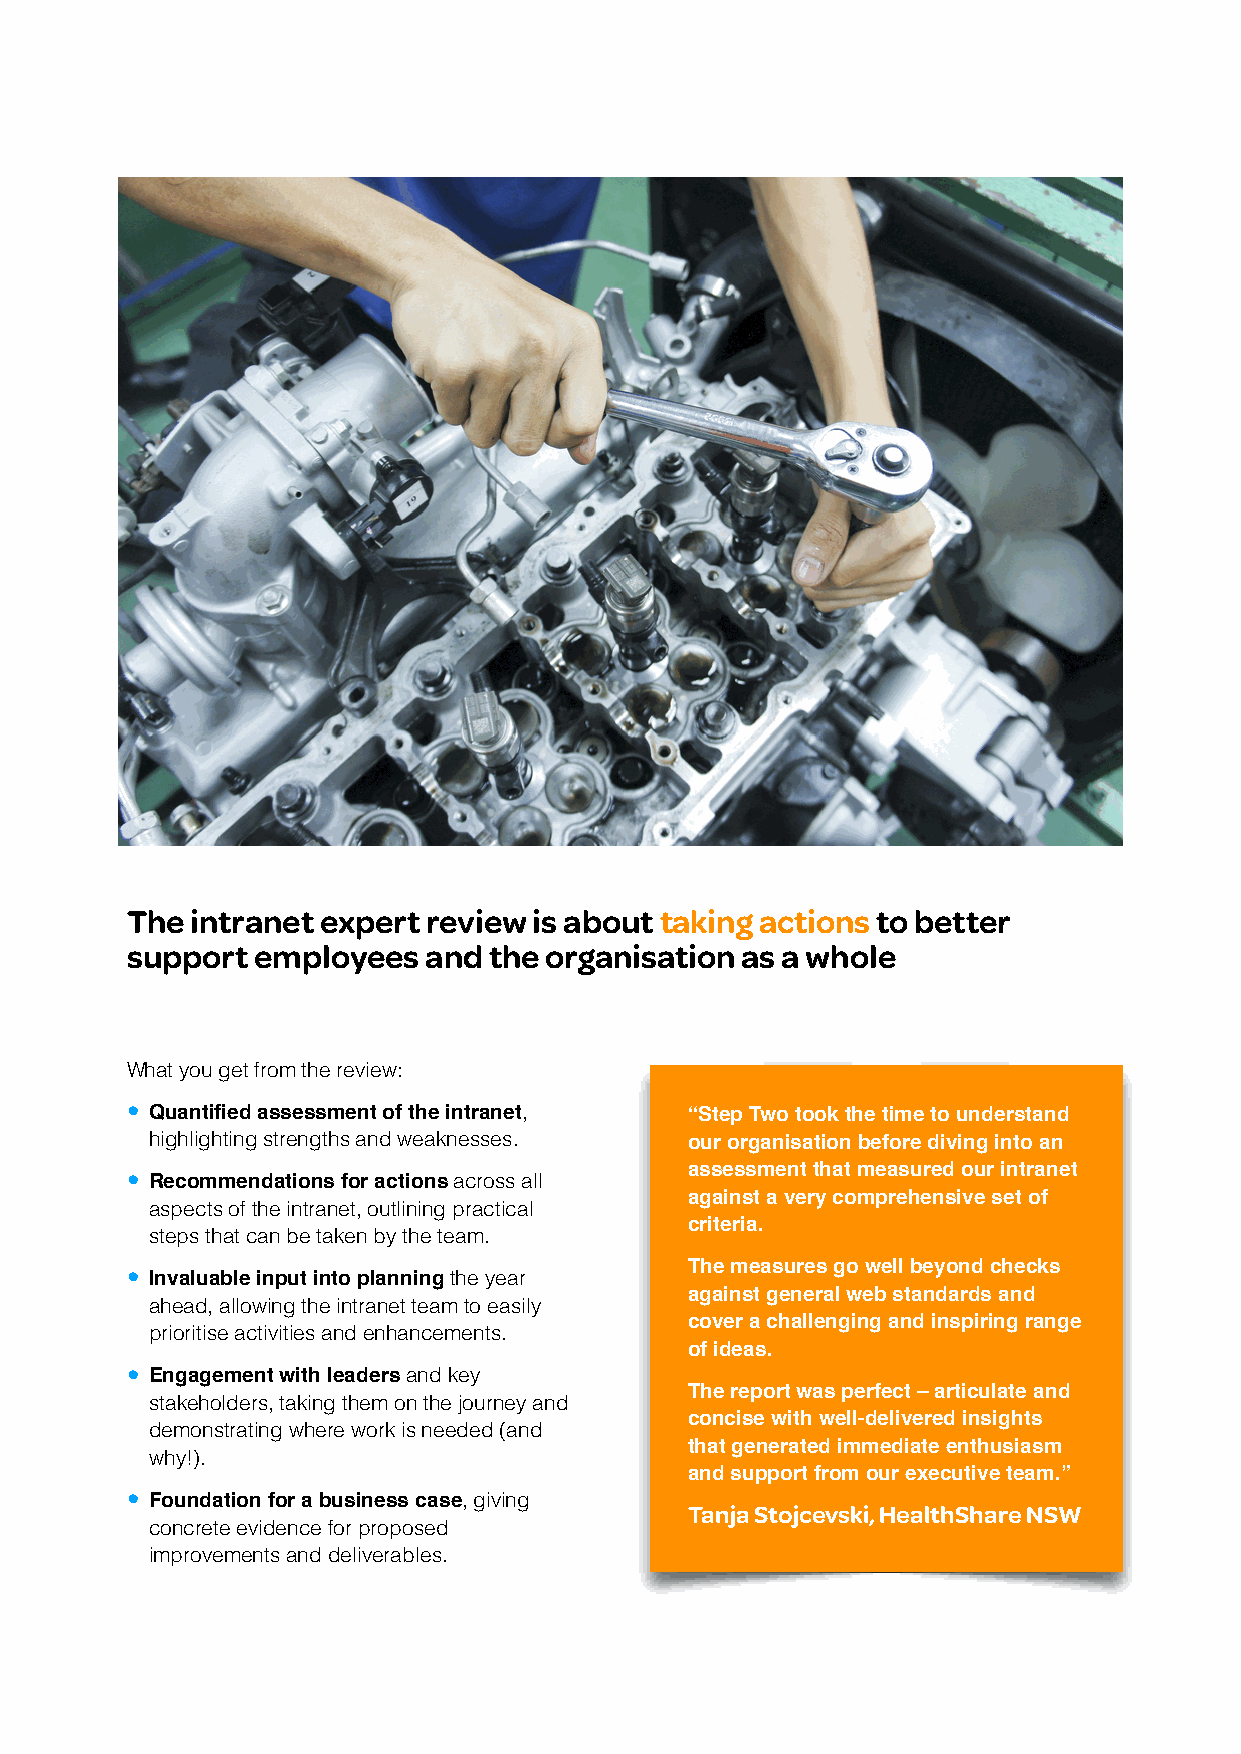
The  intranet expert review is about taking actions to better
 support  employees  and the organisation as a whole
 What you get from the review:
 • Quantified assessment of the intranet, “Step Two took the time to understand
 highlighting strengths and weaknesses. our organisation before diving into an
 assessment that measured our intranet
 • Recommendations for actions across all
 against a very comprehensive set of
 aspects of the intranet, outlining practical
 criteria.
 steps that can be taken by the team.
 The measures go well beyond checks
 • Invaluable input into planning the year
 against general web standards and
 ahead, allowing the intranet team to easily
 cover a challenging and inspiring range
 prioritise activities and enhancements.
 of ideas.
 • Engagement with leaders and key
 The report was perfect – articulate and
 stakeholders, taking them on the journey and
 concise with well-delivered insights
 demonstrating where work is needed (and
 that generated immediate enthusiasm
 why!).
 and support from our executive team.”
 • Foundation for a business case, giving
 Tanja Stojcevski, HealthShare NSW
 concrete evidence for proposed
 improvements and deliverables.